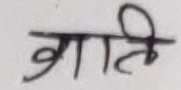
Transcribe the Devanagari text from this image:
ग्राति